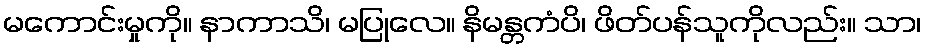
မကောင်းမှုကို။ နာကာသိ၊ မပြုလေ။ နိမန္တကံပိ၊ ဖိတ်ပန်သူကိုလည်း။ သာ၊